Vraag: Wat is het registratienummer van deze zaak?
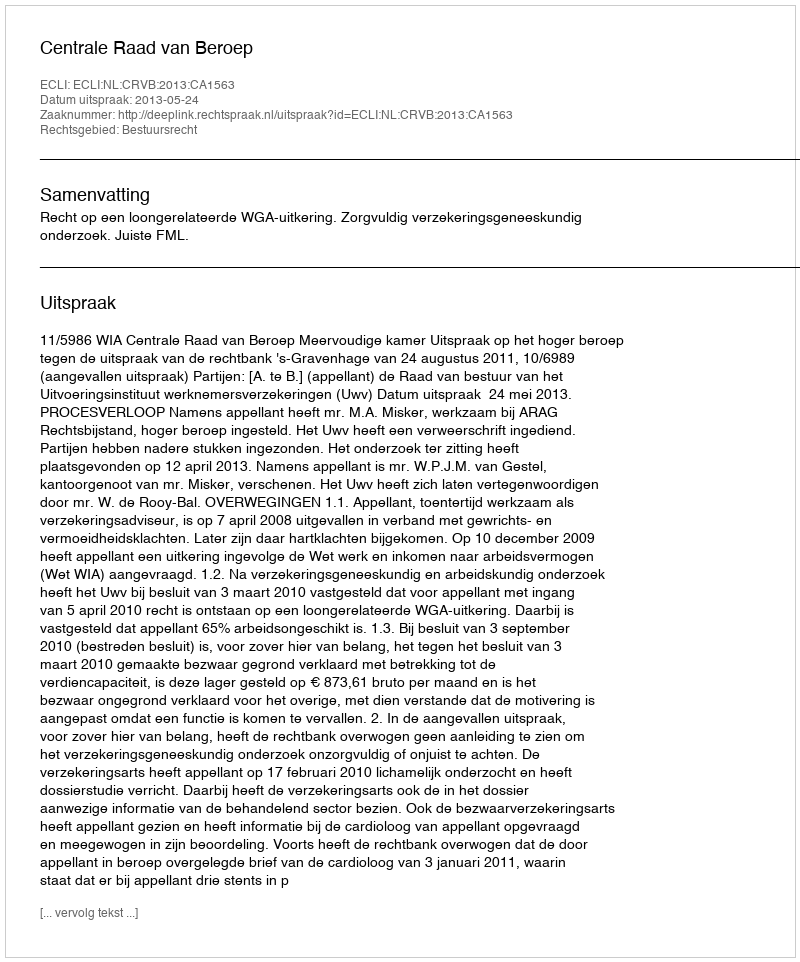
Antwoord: http://deeplink.rechtspraak.nl/uitspraak?id=ECLI:NL:CRVB:2013:CA1563